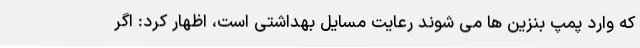
که وارد پمپ بنزین ها می شوند رعایت مسایل بهداشتی است، اظهار کرد: اگر